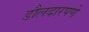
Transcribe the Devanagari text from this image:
डौलदारपणे